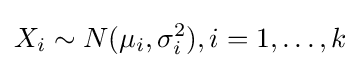
X_{i}\sim N(\mu _{i},\sigma _{i}^{2}),i=1,\ldots ,k